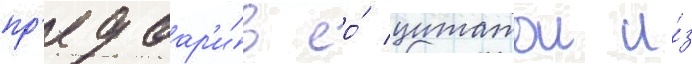
пр'едвар'и́в ео́ цитатои и́з